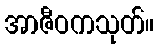
အာဇီဝကသုတ်။